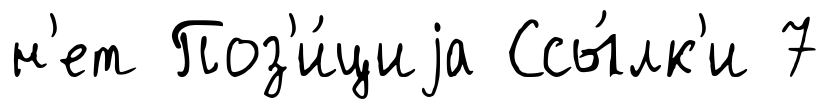
н'ет Поз'и́циjа Ссы́лк'и 7